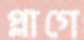
প্লাগে